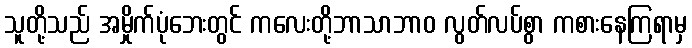
သူတို့သည် အမှိုက်ပုံဘေးတွင် ကလေးတို့ဘာသာဘာဝ လွတ်လပ်စွာ ကစားနေကြရာမှ